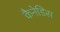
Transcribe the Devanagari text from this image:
कैनेडिस